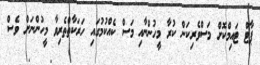
ޕާޓް ޓައިމްކޮށް މަސްވެރިކަން ކުރާ މީހުންނާއި މަސް ކެއްކުމުގައި ހަރަކާތްތެރިވާ މީހުންނަށް ވެސް